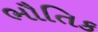
ભૌતિક